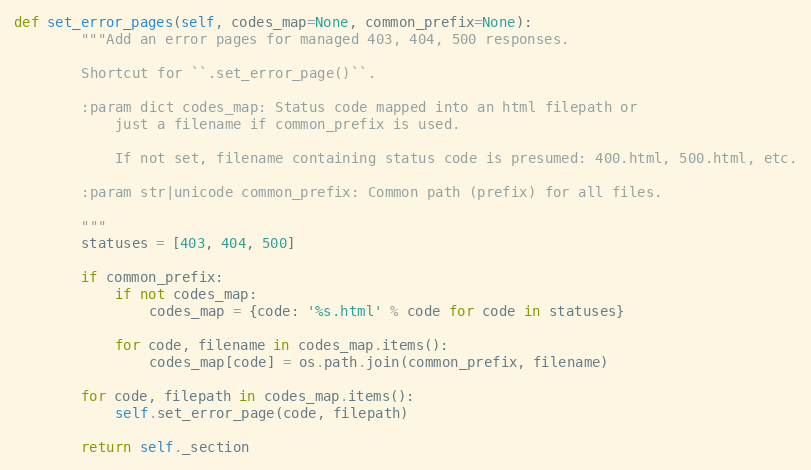
Language: Python
def set_error_pages(self, codes_map=None, common_prefix=None):
        """Add an error pages for managed 403, 404, 500 responses.

        Shortcut for ``.set_error_page()``.

        :param dict codes_map: Status code mapped into an html filepath or
            just a filename if common_prefix is used.

            If not set, filename containing status code is presumed: 400.html, 500.html, etc.

        :param str|unicode common_prefix: Common path (prefix) for all files.

        """
        statuses = [403, 404, 500]

        if common_prefix:
            if not codes_map:
                codes_map = {code: '%s.html' % code for code in statuses}

            for code, filename in codes_map.items():
                codes_map[code] = os.path.join(common_prefix, filename)

        for code, filepath in codes_map.items():
            self.set_error_page(code, filepath)

        return self._section